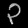
Digit: ၃